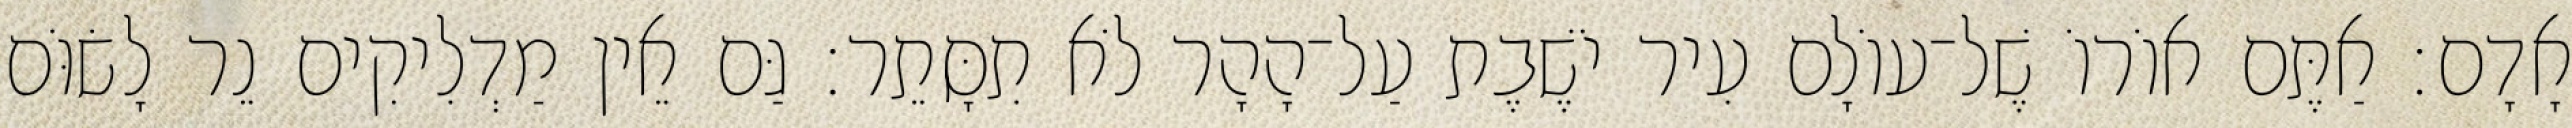
אָדָם׃ אַתֶּם אוֹרוֹ שֶׁל־עוֹלָם עִיר יֹשֶׁבֶת עַל־הָהָר לֹא תִסָּתֵר׃ גַּם אֵין מַדְלִיקִים נֵר לָשׂוֹּם